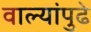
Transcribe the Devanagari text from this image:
वाल्यांपुढे